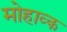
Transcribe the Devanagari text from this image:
मोहाव्क